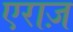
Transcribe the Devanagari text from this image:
एराज़